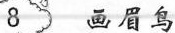
8 画眉鸟